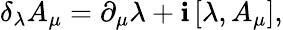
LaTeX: \delta_{\lambda}{A}_{\mu}=\partial_{\mu}{\lambda}+\mathbf{i}\left[\lambda,{A}_{\mu}\right],